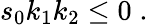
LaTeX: s_{0}k_{1}k_{2}\le 0\; .